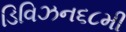
ડિવિઝન૬૮મી